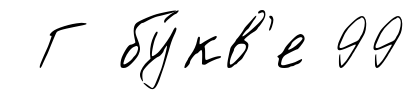
Г бу́кв'е 99